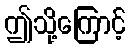
ဤသို့ကြောင့်